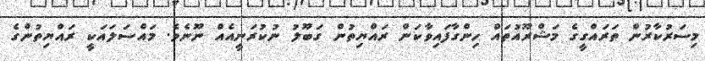
މިސަރުކާރުން ތަރައްގީގެ މަޝްރޫއުތައް ހިންގާފައިވާކަން ރައްޔިތުން ގަބޫލު ނުކުރަނީއެއް ނޫނެވެ. މައްސަލައަކީ ރައްޔިތުންގެ